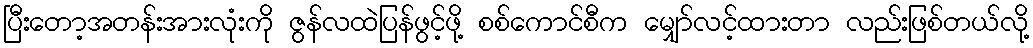
ပြီးတော့အတန်းအားလုံးကို ဇွန်လထဲပြန်ဖွင့်ဖို့ စစ်ကောင်စီက မျှော်လင့်ထားတာ လည်းဖြစ်တယ်လို့